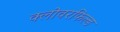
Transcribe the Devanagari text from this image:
क्लोवरफिल्ड